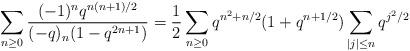
LaTeX: \begin{align*}\sum_{n\ge0}\frac{(-1)^nq^{n(n+1)/2}}{(-q)_n(1-q^{2n+1})}= \frac{1}{2}\sum_{n\ge0}q^{n^2+n/2}(1+q^{n+1/2})\sum_{|j|\le n}q^{j^2/2}\end{align*}